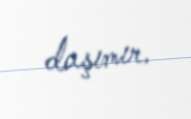
daşımır.